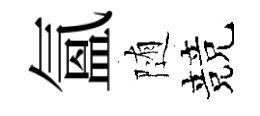
氲随競